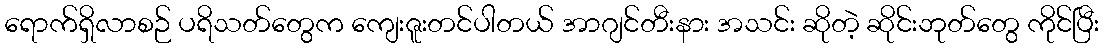
ရောက်ရှိလာစဉ် ပရိသတ်တွေက ကျေးဇူးတင်ပါတယ် အာဂျင်တီးနား အသင်း ဆိုတဲ့ ဆိုင်းဘုတ်တွေ ကိုင်ပြီး